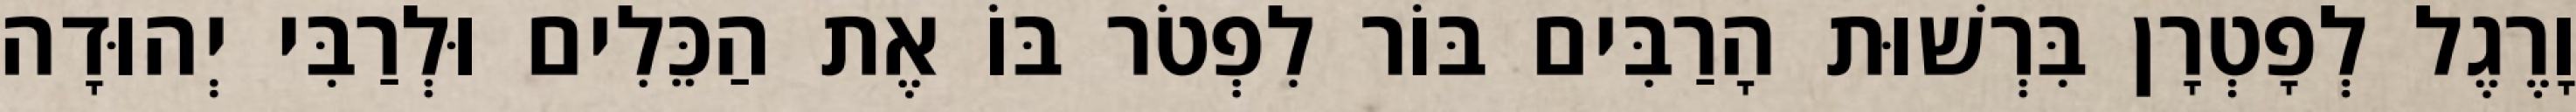
וָרֶגֶל לְפָטְרָן בִּרְשׁוּת הָרַבִּים בּוֹר לִפְטֹר בּוֹ אֶת הַכֵּלִים וּלְרַבִּי יְהוּדָה